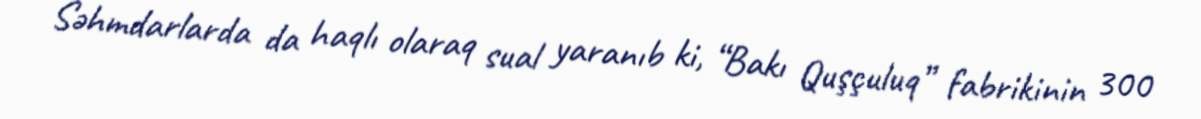
Səhmdarlarda da haqlı olaraq sual yaranıb ki, “Bakı Quşçuluq” fabrikinin 300